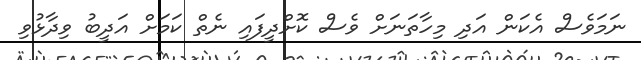
ނަމަވެސް އެކަން އަދި މިހާތަނަށް ވެސް ކޮށްދީފައި ނެތް ކަމަށް އަދީބު ވިދާޅުވި